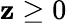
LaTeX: \mathbf{z}\ge0